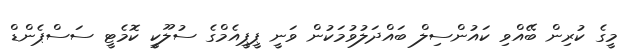
މީގެ ކުރިން ބޭއްވި ކައުންސިލް ބައްދަލުވުމަކުން ވަނީ ޕީޕީއެމްގެ ސުލޫކީ ކޮމެޓީ ސަސްޕެންޑް